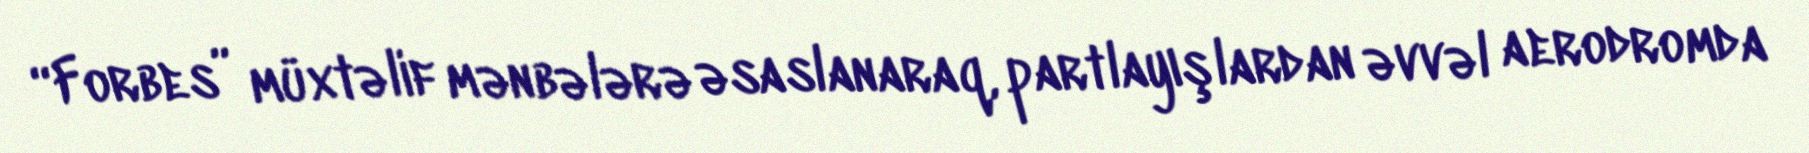
“Forbes” müxtəlif mənbələrə əsaslanaraq, partlayışlardan əvvəl aerodromda